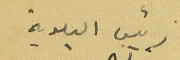
رئيس البلدية